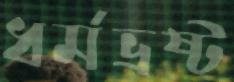
ধর্মভ্রষ্ট